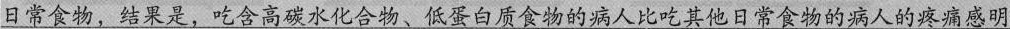
日常食物，结果是，吃含高碳水化合物、低蛋白质食物的病人比吃其他日常食物的病人的疼痛感明